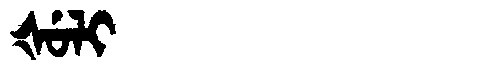
Manchu: ᡧᡠᠯᡳ
Romanization: ŠULI